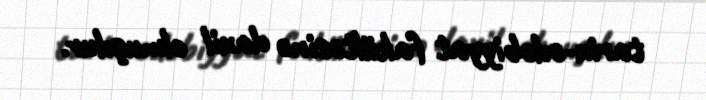
tarix-ədəbiyyat fakültəsinə daxil olmuşdur.